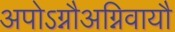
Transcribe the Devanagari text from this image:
अपोऽग्नौअग्निवायौ